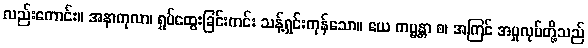
လည်းကောင်း။ အနာကုလာ၊ ရှုပ်ထွေးခြင်းကင်း သန့်ရှင်းကုန်သော။ ယေ ကမ္မန္တာ စ၊ အကြင် အမှုလုပ်တို့သည်